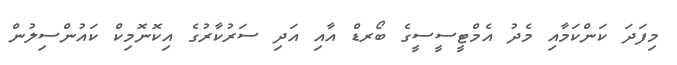
މިފަދަ ކަންކަމާއި މެދު އެމްޓީސީސީގެ ބޯރޑް އާއި އަދި ސަރުކާރުގެ އިކޮނޮމިކް ކައުންސިލުން